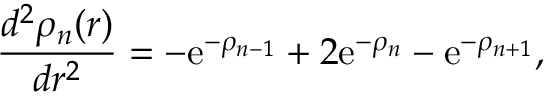
\frac { d ^ { 2 } \rho _ { n } ( r ) } { d r ^ { 2 } } = - \mathrm { e } ^ { - \rho _ { n - 1 } } + 2 \mathrm { e } ^ { - \rho _ { n } } - \mathrm { e } ^ { - \rho _ { n + 1 } } ,